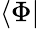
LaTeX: \langle\Phi|